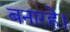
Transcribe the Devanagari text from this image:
बनारहे।